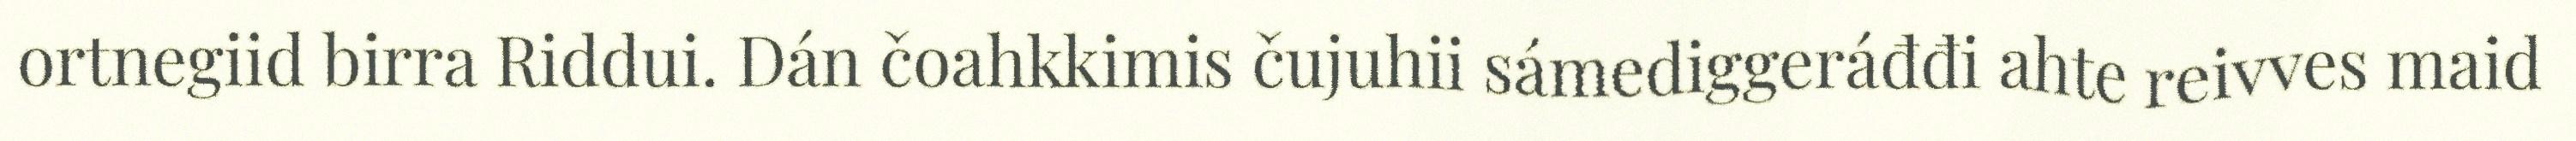
ortnegiid birra Riddui. Dán čoahkkimis čujuhii sámediggeráđđi ahte reivves maid